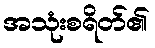
အသုံးစရိတ်၏